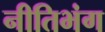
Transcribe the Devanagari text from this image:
नीतिभंग